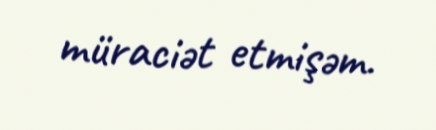
müraciət etmişəm.